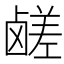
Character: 鹾